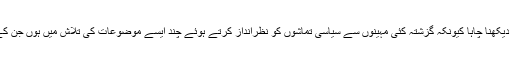
بہت اہتمام کے ساتھ مکمل انہماک سے یہ میچ اس لئے بھی دیکھنا چاہا کیونکہ گزشتہ کئی مہینوں سے سیاسی تماشوں کو نظرانداز کرتے ہوئے چند ایسے موضوعات کی تلاش میں ہوں جن کے بارے میں لکھا جائے تو قارئین کو اُکتاہٹ محسوس نہ ہو۔